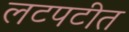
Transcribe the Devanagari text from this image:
लटपटीत